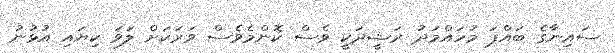
ސައިނާގެ ބައްޕަ މުހައްމަދު ރަޝީދަކީ ވެސް ކޮންމެވެސް ވަރަކަށް ލަވަ ކިޔައި އުޅުނު